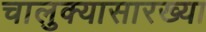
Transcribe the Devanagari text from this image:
चालुक्यासारख्या